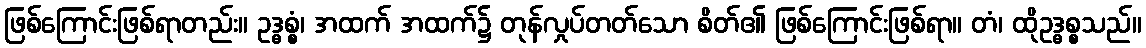
ဖြစ်ကြောင်းဖြစ်ရာတည်း။ ဥဒ္ဓစ္စံ၊ အထက် အထက်၌ တုန်လှုပ်တတ်သော စိတ်၏ ဖြစ်ကြောင်းဖြစ်ရာ။ တံ၊ ထိုဥဒ္ဓစ္စသည်။